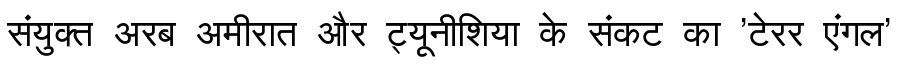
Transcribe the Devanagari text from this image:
संयुक्त अरब अमीरात और ट्यूनीशिया के संकट का 'टेरर एंगल'